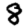
Digit: 8